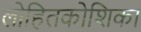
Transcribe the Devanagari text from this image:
लोहितकोशिका